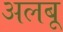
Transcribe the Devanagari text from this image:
अलबू